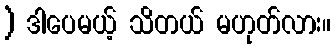
) ဒါပေမယ့် သိတယ် မဟုတ်လား။